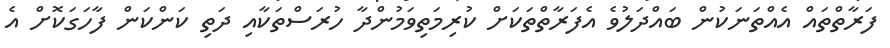
ފަރާތްތައް އެއްތަނަކުން ބައްދަލުވެ އެފަރާތްތަކަށް ކުރިމަތިވަމުންދާ ހުރަސްތަކާއި ދަތި ކަންކަން ފާހަގަކޮށް އެ